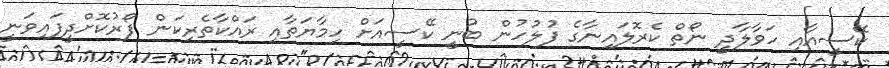
ކޭސީއާއި ހަވާލާދީ ނޯތް ކެރޮލައިނާގެ ފުލުހުން ބުނީ ކޭސީއަށް ހިމާޔަތާއި ރައްކާތެރިކަން ފޯރުކޮށްދީފައިވަނީ